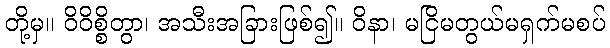
တို့မှ။ ဝိဝိစ္စိတွာ၊ အသီးအခြားဖြစ်၍။ ဝိနာ၊ မငြိမတွယ်မရှက်မစပ်